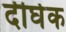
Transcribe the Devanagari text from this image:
दीर्घक